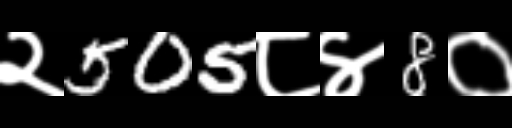
Text: २505८४8०